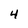
Character: 4